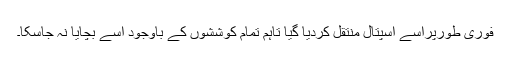
فوری طورپراسے اسپتال منتقل کردیا گیا تاہم تمام کوششوں کے باوجود اسے بچایا نہ جاسکا۔